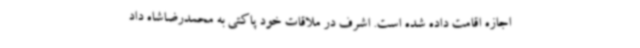
اجازه اقامت داده شده است. اشرف در ملاقات خود پاکتی به محمدرضاشاه داد